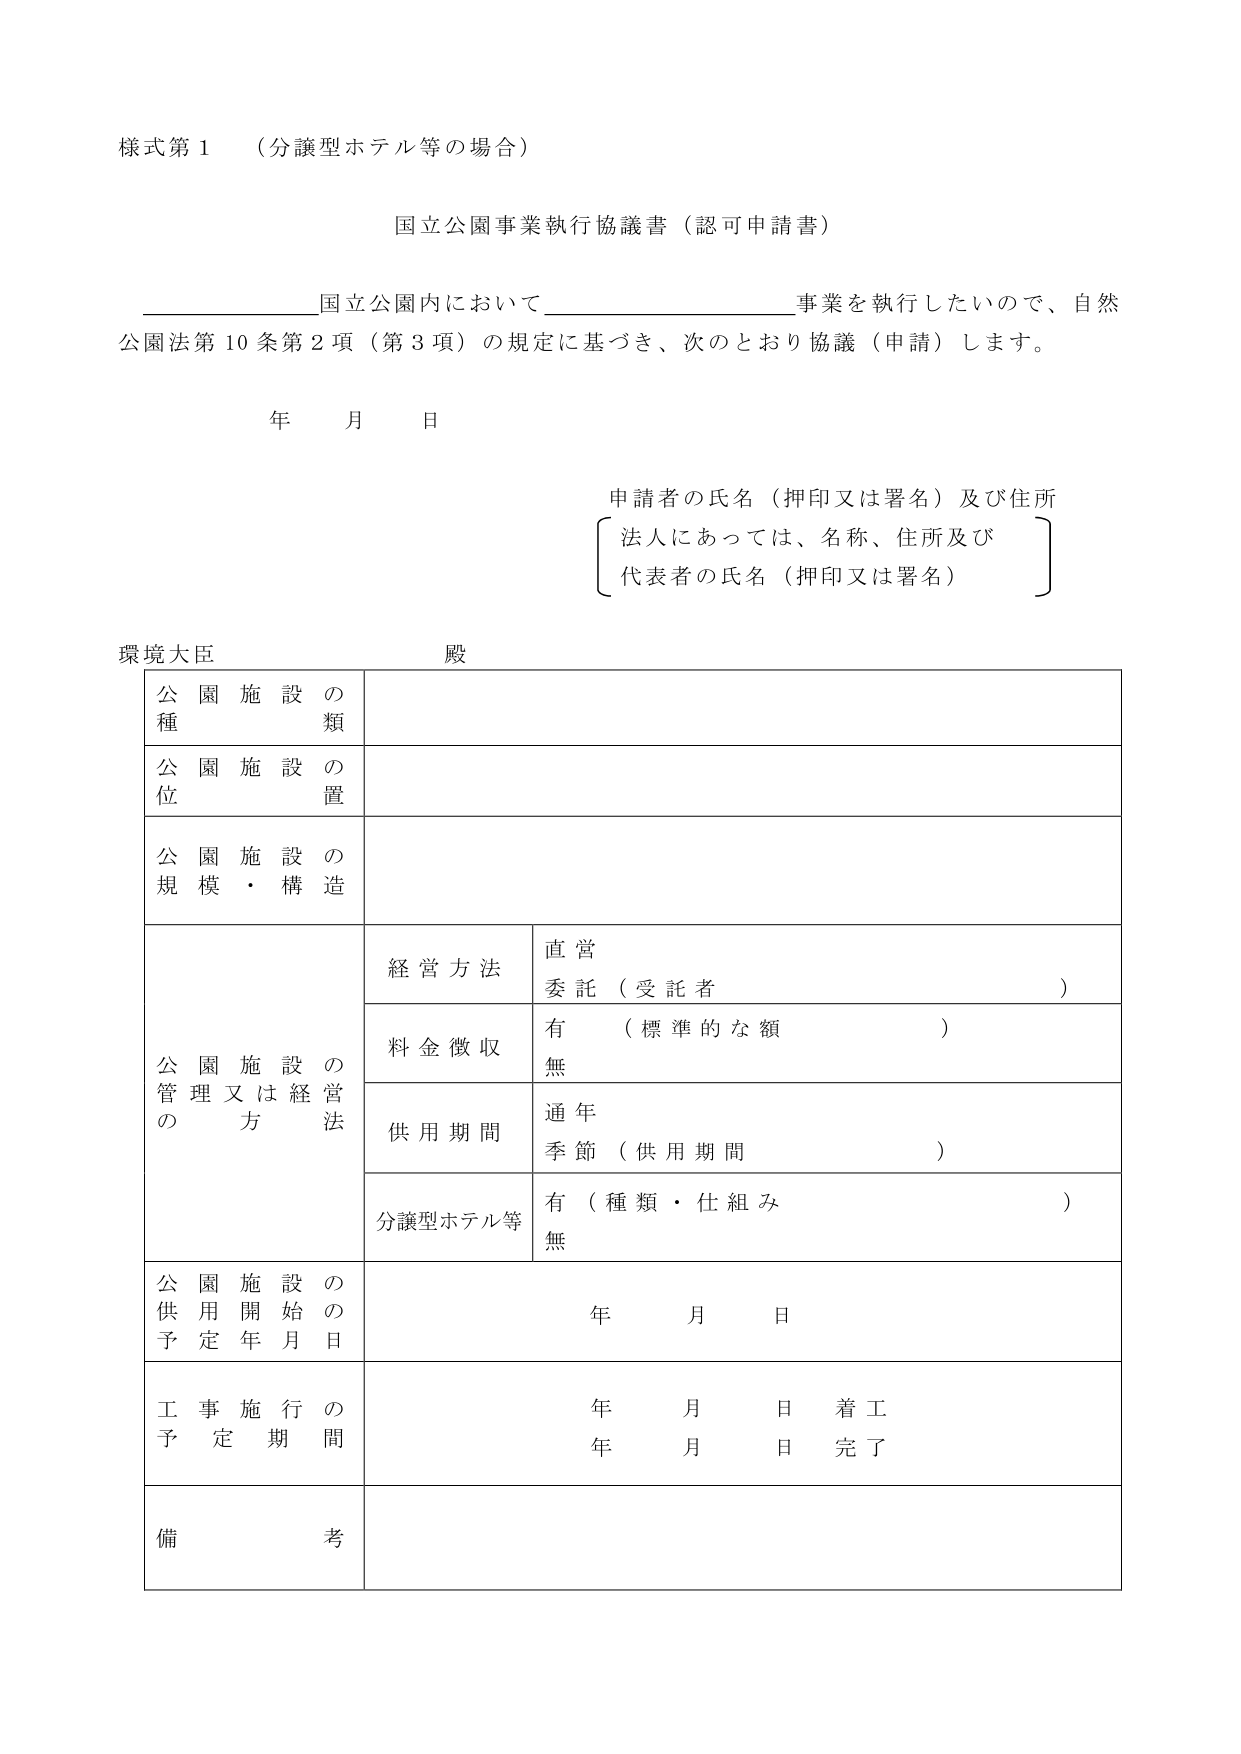
様式第１　（分譲型ホテル等の場合）

国立公園事業執行協議書（認可申請書）

国立公園内において　　　　　　　　　　　　　事業を執行したいので、自然
公園法第10条第2項（第3項）の規定に基づき、次のとおり協議（申請）します。

年　月　日

申請者の氏名（押印又は署名）及び住所
　〔法人にあっては、名称、住所及び
　　代表者の氏名（押印又は署名）〕

環境大臣　　殿

公園施設の種類

公園施設の位置

公園施設の規模・構造

公園施設の管理又は経営法

　経営方法　　直営
　　　　　　　委託（受託者　　　　　　　　　　）

　料金徴収　　有（標準的な額　　　　　　　　）
　　　　　　　無

　供用期間　　通年
　　　　　　　季節（供用期間　　　　　　　　）

　分譲型ホテル等　有（種類・仕組み　　　　　　　　）
　　　　　　　　　無

公園施設の供用開始の予定年月日　　年　月　日

工事施行の予定期間　　　　　　　　年　月　日　着工
　　　　　　　　　　　　　　　　　年　月　日　完了

備考